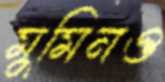
মুমিনও